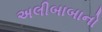
અલીબાબાનો